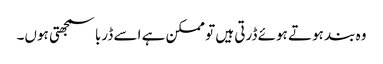
وہ بند ہوتے ہوئے ڈرتی ہیں تو ممکن ہے اسے ڈربا سمجھتی ہوں۔